Indian journal of veterinary science and animal husbandry - Volumes 26-27, 1956-1957
Year: 1956
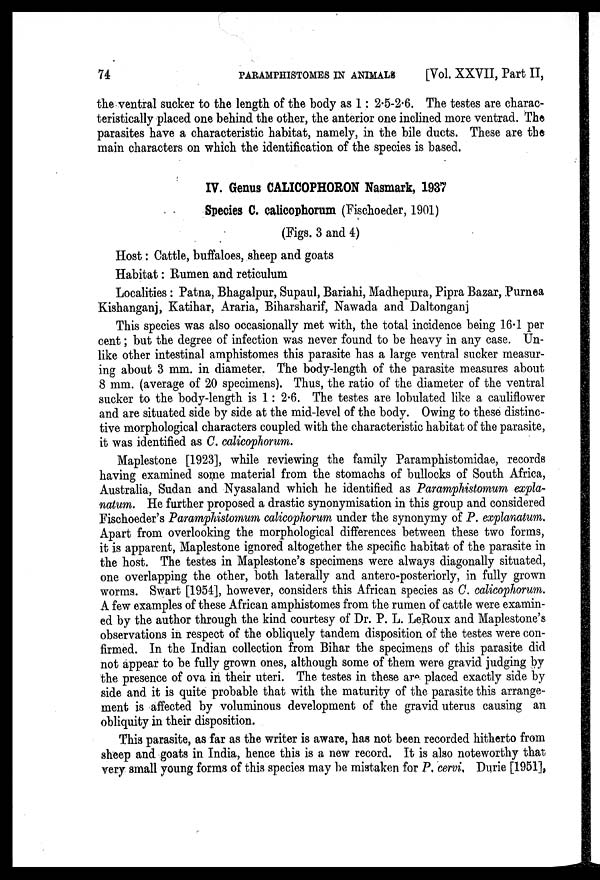
74
PARAMPHISTOMES
IN
ANIMALS
[Vol. XXVII, Part II,
the ventral sucker to the length of the body as 1: 2.5-2.6. The testes are charac-
teristically placed one behind the other, the anterior one inclined more ventrad. The
parasites have a characteristic habitat, namely, in the bile ducts. These are the
main characters on which the identification of the species is based.
IV. Genus CALICOPHORON Nasmark, 1937
Species C. calicophorum (Fischoeder, 1901)
(Figs. 3 and 4)
Host: Cattle, buffaloes, sheep and goats
Habitat: Rumen and reticulum
Localities : Patna, Bhagalpur, Supaul, Bariahi, Madhepura, Pipra Bazar, Purnea
Kishanganj, Katihar, Araria, Biharsharif, Nawada and Daltonganj
This species was also occasionally met with, the total incidence being 16.1 per
cent; but the degree of infection was never found to be heavy in any case. Un-
like other intestinal amphistomes this parasite has a large ventral sucker measur-
ing about 3 mm. in diameter. The body-length of the parasite measures about
8 mm. (average of 20 specimens). Thus, the ratio of the diameter of the ventral
sucker to the body-length is 1 : 2.6. The testes are lobulated like a cauliflower
and are situated side by side at the mid-level of the body. Owing to these distinc-
tive morphological characters coupled with the characteristic habitat of the parasite,
it was identified as C. calicophorum.
Maplestone [1923], while reviewing the family Paramphistomidae, records
having examined some material from the stomachs of bullocks of South Africa,
Australia, Sudan and Nyasaland which he identified as Paramphistomum expla-
natum. He further proposed a drastic synonymisation in this group and considered
Fischoeder's Paramphistomum calicophorum under the synonymy of P. explanatum.
Apart from overlooking the morphological differences between these two forms,
it is apparent, Maplestone ignored altogether the specific habitat of the parasite in
the host. The testes in Maplestone's specimens were always diagonally situated,
one overlapping the other, both laterally and antero-posteriorly, in fully grown
worms. Swart [1954], however, considers this African species as C. calicophorum.
A few examples of these African amphistomes from the rumen of cattle were examin-
ed by the author through the kind courtesy of Dr. P. L. LeRoux and Maplestone's
observations in respect of the obliquely tandem disposition of the testes were con-
firmed. In the Indian collection from Bihar the specimens of this parasite did
not appear to be fully grown ones, although some of them were gravid judging by
the presence of ova in their uteri. The testes in these are placed exactly side by
side and it is quite probable that with the maturity of the parasite this arrange-
ment is affected by voluminous development of the gravid uterus causing an
obliquity in their disposition.
This parasite, as far as the writer is aware, has not been recorded hitherto from
sheep and goats in India, hence this is a new record. It is also noteworthy that
very small young forms of this species may be mistaken for P. cervi. Durie [1951],